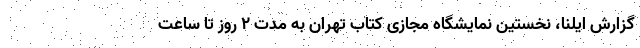
گزارش ایلنا، نخستین نمایشگاه مجازی کتاب تهران به مدت ۲ روز تا ساعت